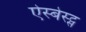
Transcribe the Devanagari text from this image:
ऐस्बेस्ट्स